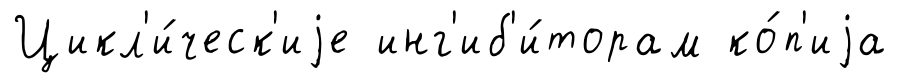
Цикл'и́ческ'иjе инг'иб'и́торам ко́п'иjа